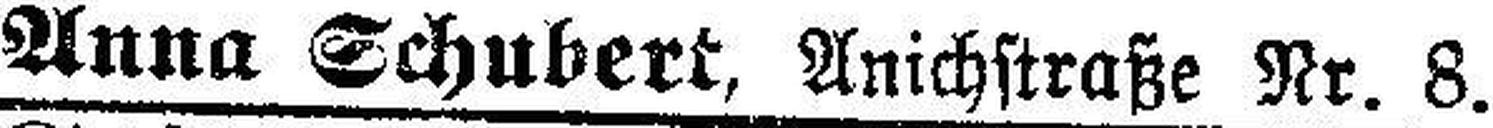
Anna Schubert, Anichstraße Nr. 8.